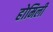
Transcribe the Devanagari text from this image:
होमिली